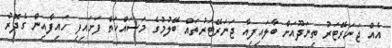
އެއް ޖަނަރޭޓަރު ތިނަދޫއަށް ބާލައިފިއާ ޖަނަރޭޓަރުތައް ބޭލުމުގެ މަސައްކަތް ފަށައިފި ހައިފާއިން ގެދޮރު